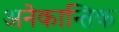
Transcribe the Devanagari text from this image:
अनेकान्तिक